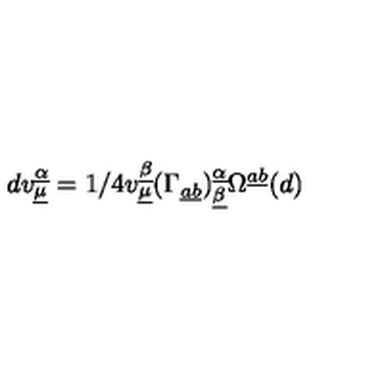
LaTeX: d v _ { \underline { { \mu } } } ^ { \underline { { \alpha } } } = 1 / 4 v _ { \underline { { \mu } } } ^ { \underline { { \beta } } } ( \Gamma _ { \underline { { a } } \underline { { b } } } ) _ { \underline { { \beta } } } ^ { \underline { { \alpha } } } \Omega ^ { \underline { { a } } \underline { { b } } } ( d ) \qquad